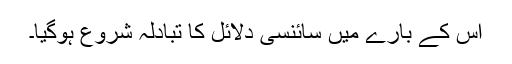
اس کے بارے میں سائنسی دلائل کا تبادلہ شروع ہوگیا۔